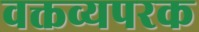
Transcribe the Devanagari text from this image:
वक्तव्यपरक